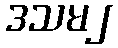
ဒသမ၂